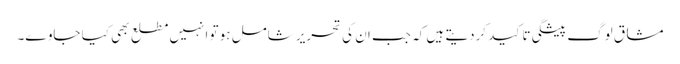
مشاق لوگ پیشگی تاکید کردیتے ہیں کہ جب ان کی تحریر شامل ہو تو انہیں مطلع بھی کیا جاوے۔